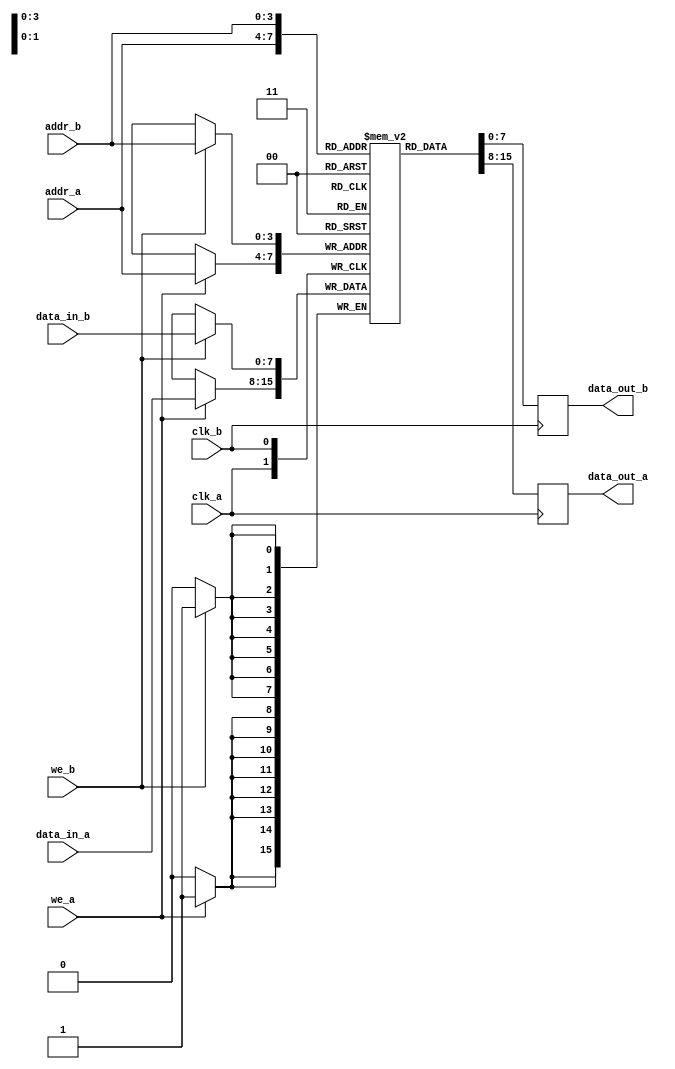
module dual_port_ram #(
    parameter DATA_WIDTH = 8,    // Number of bits for each data word
    parameter ADDR_WIDTH = 4     // Number of bits for addressing
) (
    // Port A
    input wire clk_a,             // Clock signal for Port A
    input wire we_a,              // Write enable for Port A
    input wire [ADDR_WIDTH-1:0] addr_a, // Address input for Port A
    input wire [DATA_WIDTH-1:0] data_in_a, // Data input for Port A
    output reg [DATA_WIDTH-1:0] data_out_a, // Data output for Port A

    // Port B
    input wire clk_b,             // Clock signal for Port B
    input wire we_b,              // Write enable for Port B
    input wire [ADDR_WIDTH-1:0] addr_b, // Address input for Port B
    input wire [DATA_WIDTH-1:0] data_in_b, // Data input for Port B
    output reg [DATA_WIDTH-1:0] data_out_b  // Data output for Port B
);

    // Memory array declaration
    reg [DATA_WIDTH-1:0] ram [(1 << ADDR_WIDTH) - 1:0];

    // Port A operations
    always @(posedge clk_a) begin
        if (we_a) begin
            // Write data to RAM
            ram[addr_a] <= data_in_a;
        end
        // Read data from RAM
        data_out_a <= ram[addr_a];
    end

    // Port B operations
    always @(posedge clk_b) begin
        if (we_b) begin
            // Write data to RAM
            ram[addr_b] <= data_in_b;
        end
        // Read data from RAM
        data_out_b <= ram[addr_b];
    end

endmodule